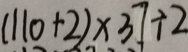
( 1 1 0 + 2 ) \times 3 7 \div 2